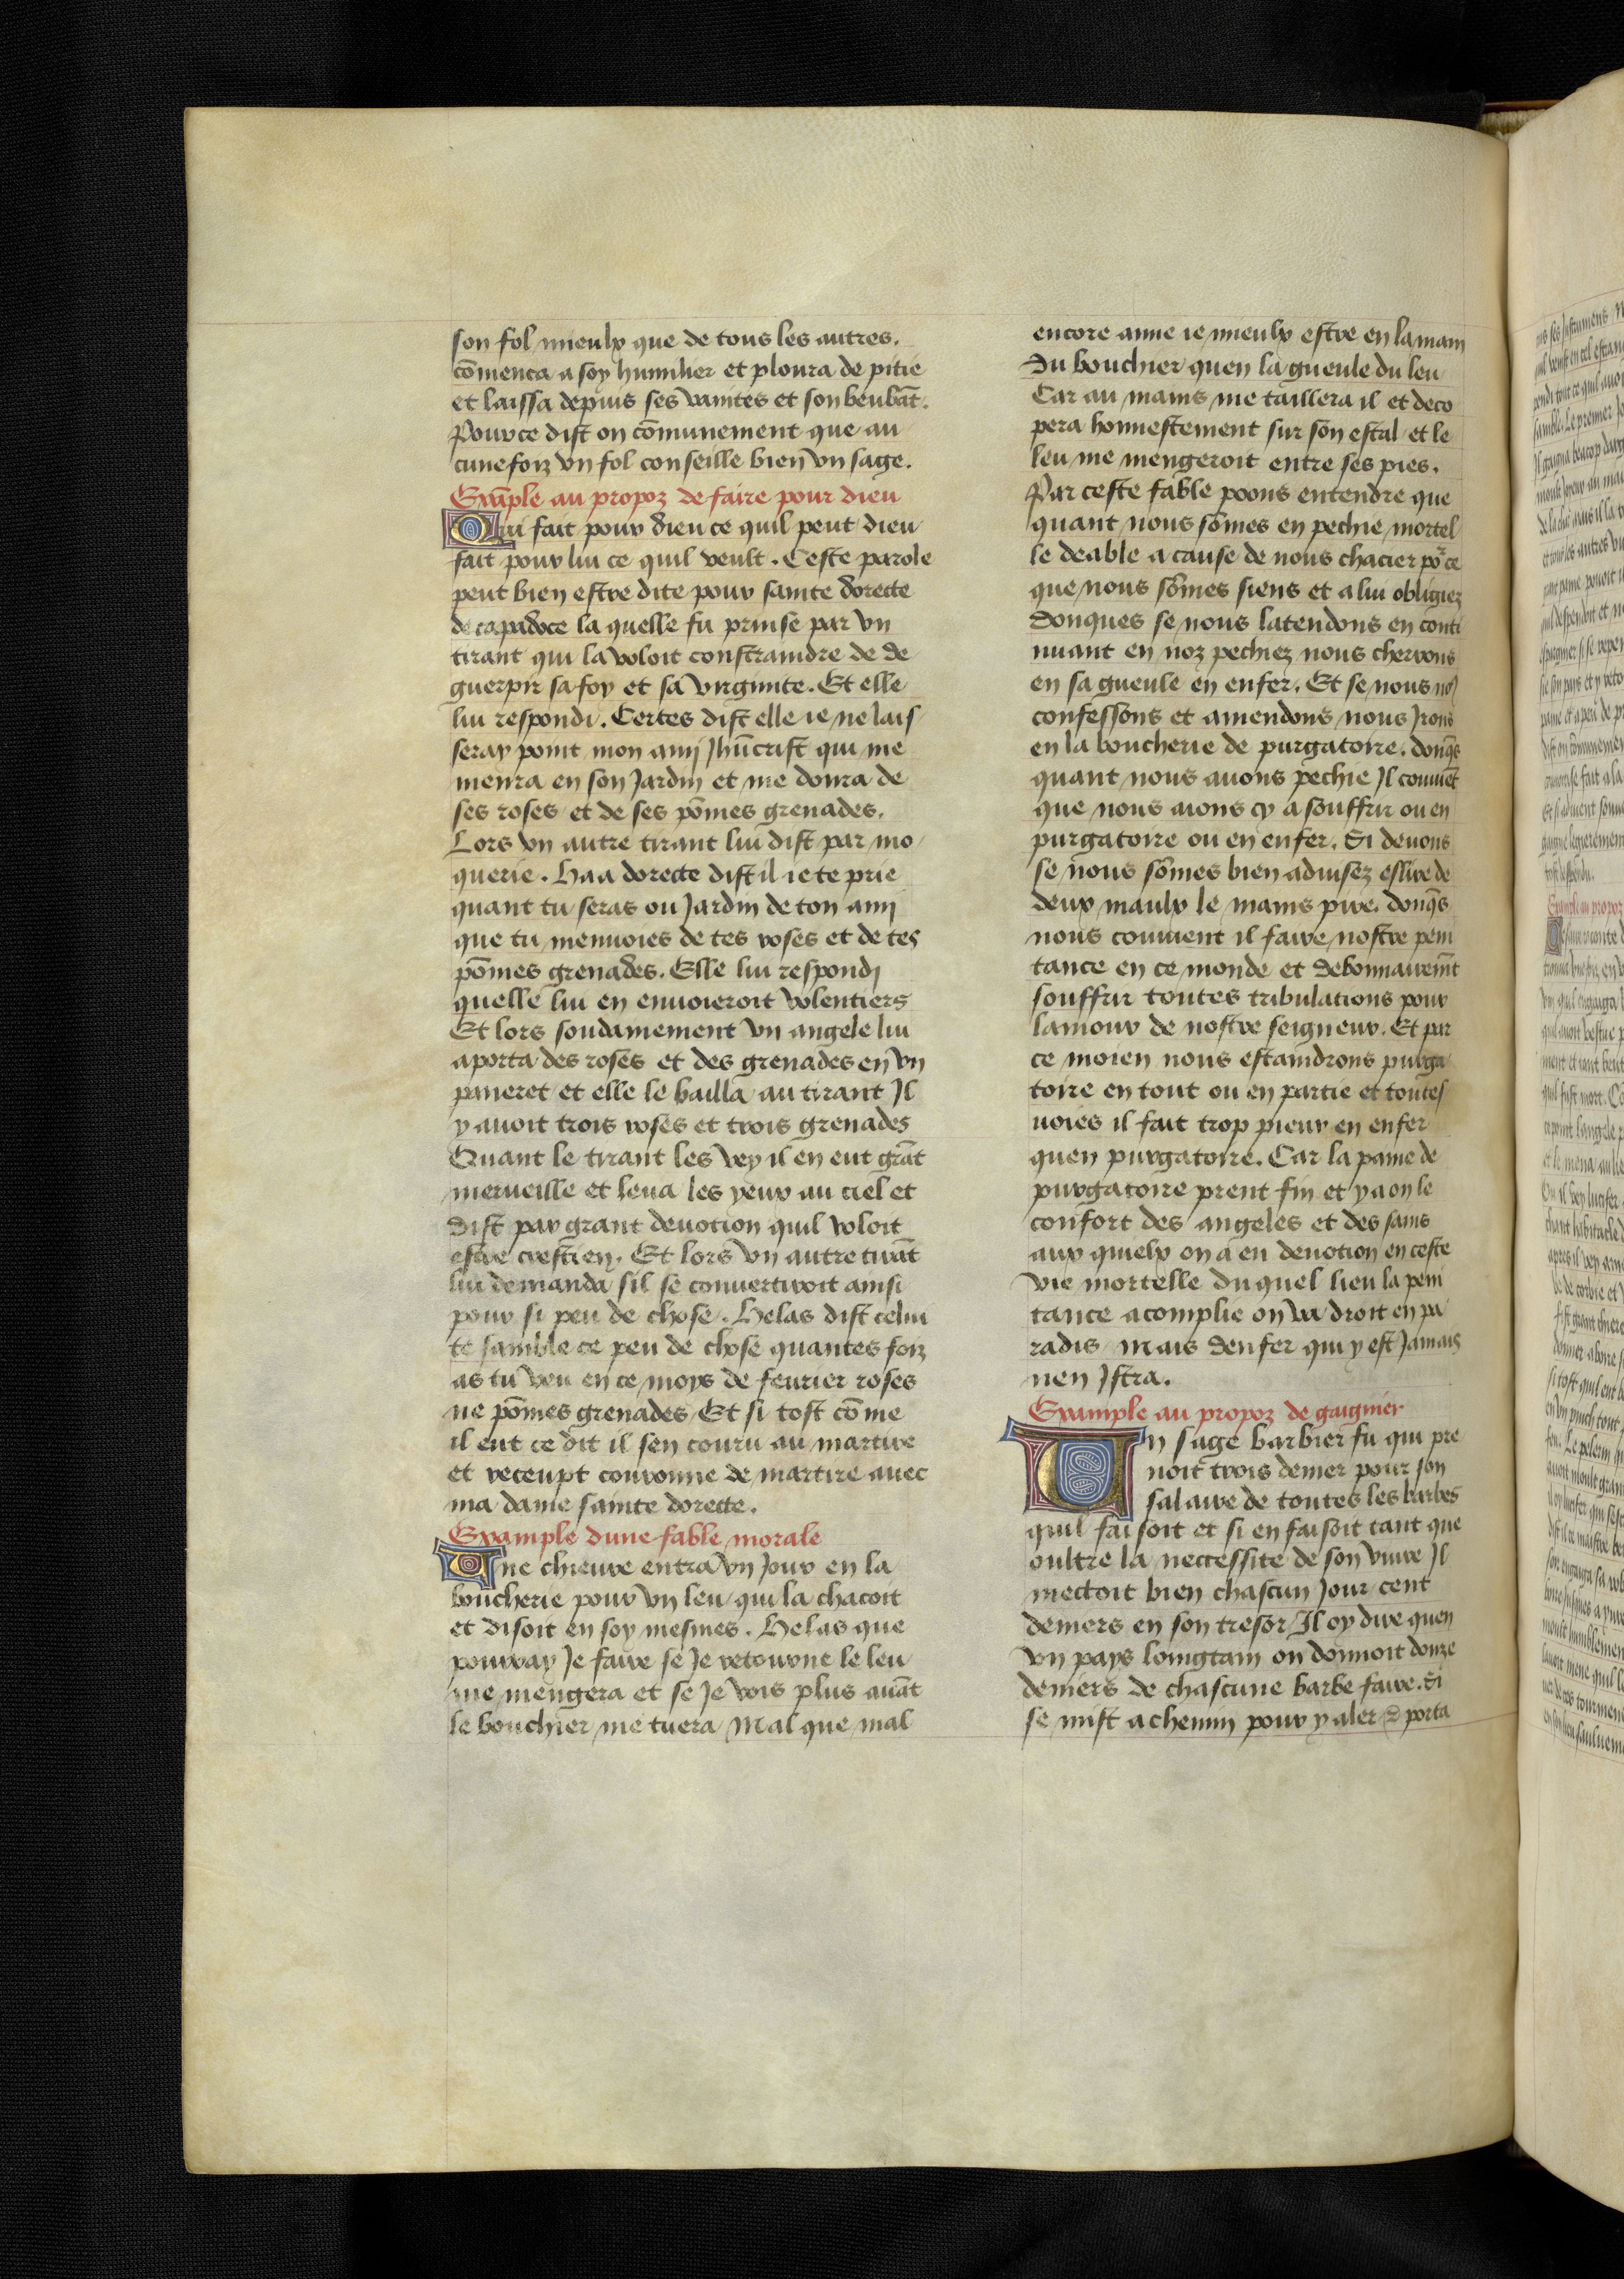
Shelfmark: Bruxelles, KBR, ms. 9232
Century: 15